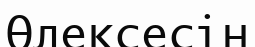
Өлексесін